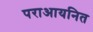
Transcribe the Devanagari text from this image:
पराआयनित